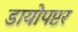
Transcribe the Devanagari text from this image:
डायोपप्टर